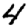
Digit: 4